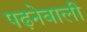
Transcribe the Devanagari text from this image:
पढ़नेवाली